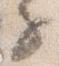
子